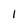
Character: l